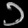
Digit: ၁